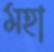
মহা